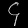
Digit: ၄